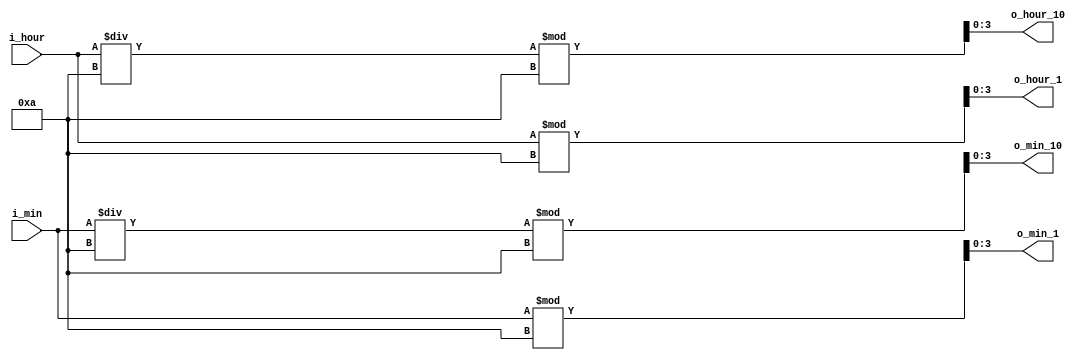
module digit_divider_hour_min(
        input [5:0] i_hour, i_min,
        output [3:0] o_hour_10, o_hour_1, o_min_10, o_min_1 
    );

    
    assign o_hour_10 = i_hour / 10 % 10;
    assign o_hour_1 = i_hour % 10;
    
    assign o_min_10 = i_min / 10 % 10;
    assign o_min_1 = i_min % 10;
    
endmodule